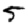
Digit: 5